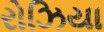
રોઝિયા